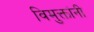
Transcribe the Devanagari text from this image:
विमुक्तांनी